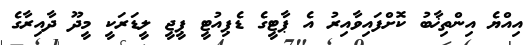
އިއްޔެ އިންތިޚާބު ކޮށްފައިވާއިރު އެ ޕާޓީގެ ޑެޕިއުޓީ ޕީޖީ ލީޑަރަކީ މީދޫ ދާއިރާގެ